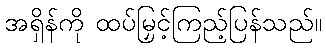
အရှိန်ကို ထပ်မြှင့်ကြည့်ပြန်သည်။